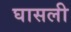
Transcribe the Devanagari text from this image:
घासली